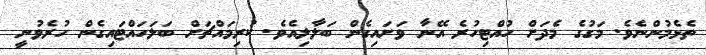
ތެޅެމުންނެވެ. މަގުގެ މެދަށް ހުއްޓިހުރެ އޭނާ ވަށައިގެން ބަލާލިއެވެ. ކުރިމައްޗަށް ބަލަހައްޓައިގެން ހުރެވުނީ